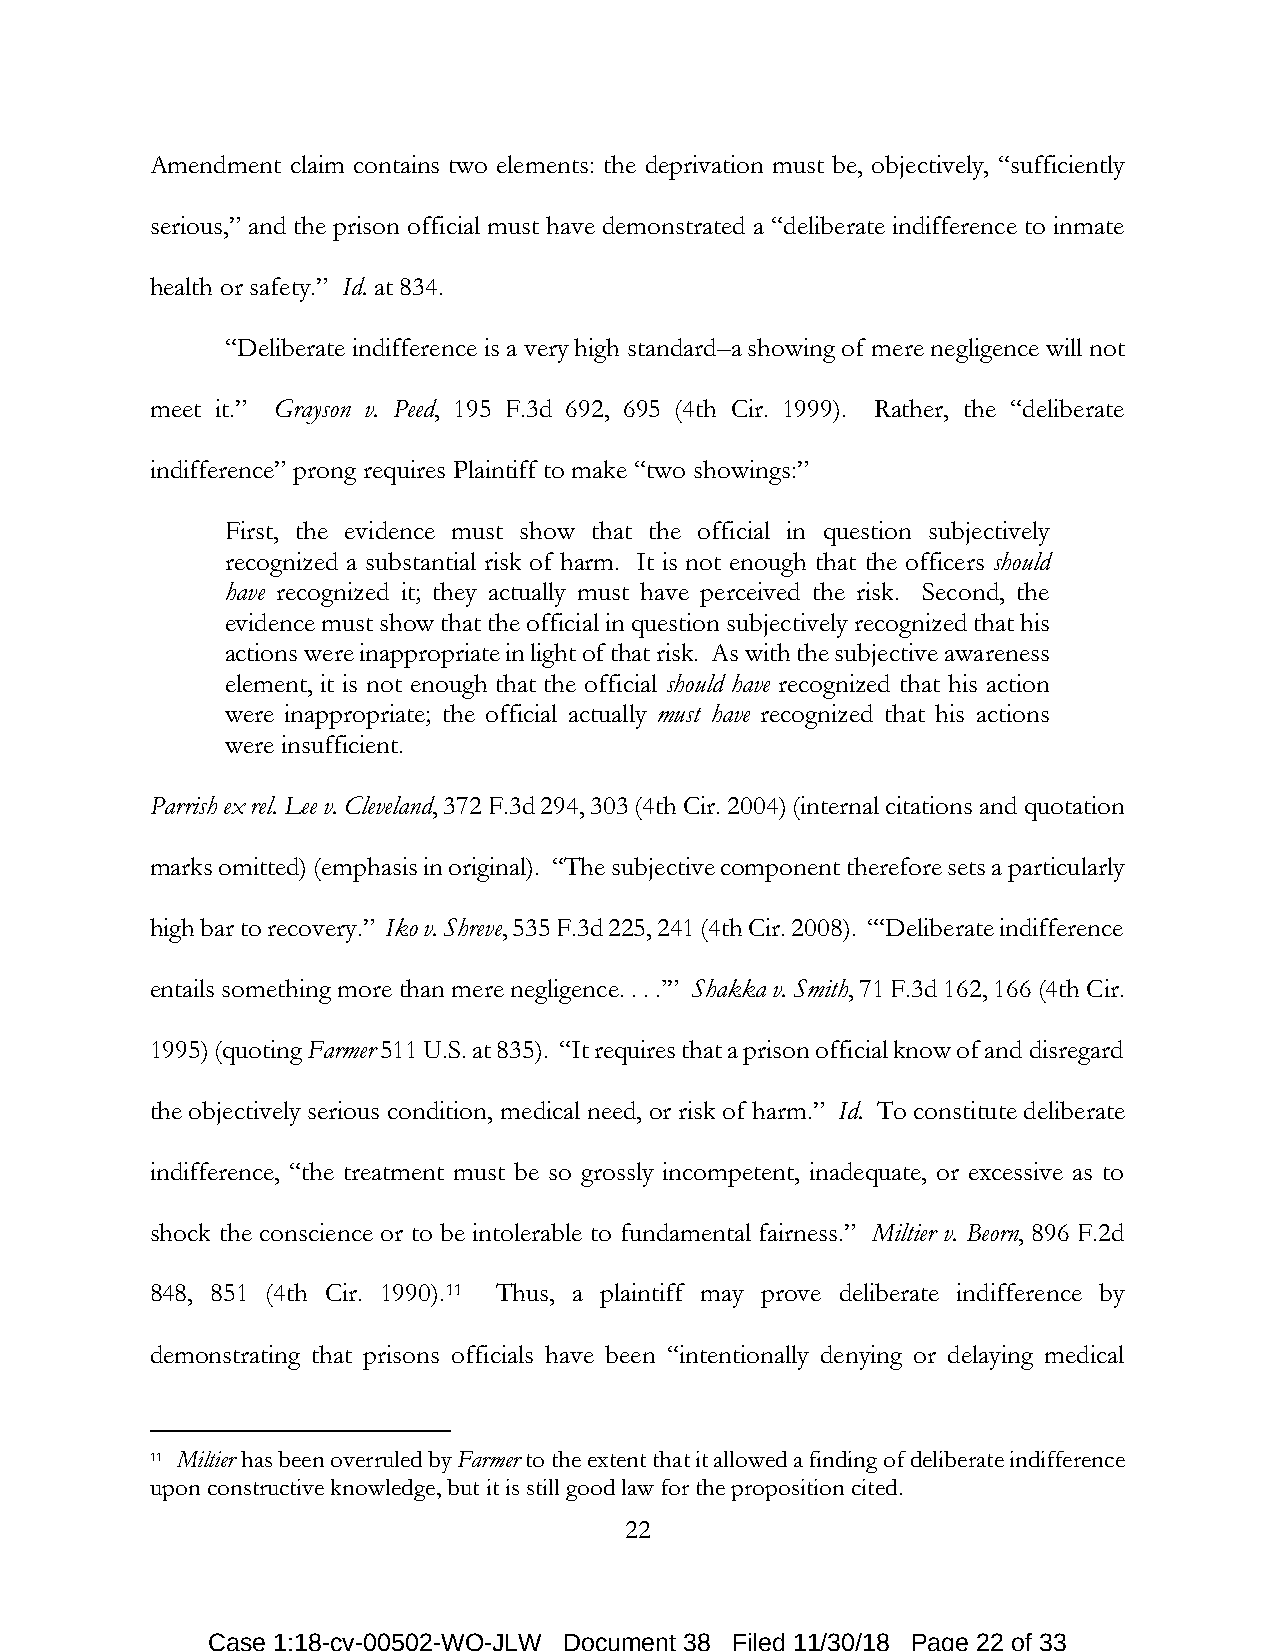
Amendment claim contains two elements: the deprivation must be, objectively, “sufficiently
 serious,” and the prison official must have demonstrated a “deliberate indifference to inmate
 health or safety.” Id. at 834.
 “Deliberate indifference is a very high standard–a showing of mere negligence will not
 meet it.” Grayson v. Peed, 195 F.3d 692, 695 (4th Cir. 1999). Rather, the “deliberate
 indifference” prong requires Plaintiff to make “two showings:”
 First, the evidence must show that the official in question subjectively
 recognized a substantial risk of harm. It is not enough that the officers should
 have recognized it; they actually must have perceived the risk. Second, the
 evidence must show that the official in question subjectively recognized that his
 actions were inappropriate in light of that risk. As with the subjective awareness
 element, it is not enough that the official should have recognized that his action
 were inappropriate; the official actually must have recognized that his actions
 were insufficient.
 Parrish ex rel. Lee v. Cleveland, 372 F.3d 294, 303 (4th Cir. 2004) (internal citations and quotation
 marks omitted) (emphasis in original). “The subjective component therefore sets a particularly
 high bar to recovery.” Iko v. Shreve, 535 F.3d 225, 241 (4th Cir. 2008). “‘Deliberate indifference
 entails something more than mere negligence. . . .’” Shakka v. Smith, 71 F.3d 162, 166 (4th Cir.
 1995) (quoting Farmer 511 U.S. at 835). “It requires that a prison official know of and disregard
 the objectively serious condition, medical need, or risk of harm.” Id. To constitute deliberate
 indifference, “the treatment must be so grossly incompetent, inadequate, or excessive as to
 shock the conscience or to be intolerable to fundamental fairness.” Miltier v. Beorn, 896 F.2d
 848, 851 (4th Cir. 1990).11 Thus, a plaintiff may prove deliberate indifference by
 demonstrating that prisons officials have been “intentionally denying or delaying medical
 11 Miltier has been overruled by Farmer to the extent that it allowed a finding of deliberate indifference
 upon constructive knowledge, but it is still good law for the proposition cited.
 22
 Case 1:18-cv-00502-WO-JLW Document 38 Filed 11/30/18 Page 22 of 33